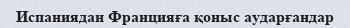
Испаниядан Францияға қоныс аударғандар